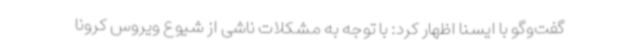
گفت‌وگو با ایسنا اظهار کرد: با توجه به مشکلات ناشی از شیوع ویروس کرونا